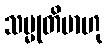
သမ္မုတိမာဟု